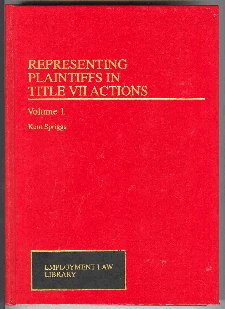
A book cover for Representing Plaintiffs in Title VII Actions (Employment Law Library); Kent Spriggs; Law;